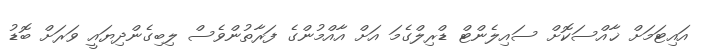
އައިޓަމަށް ޚާއްސަކޮށް ސައިލެންޓް ޑްރިލްގެމަ އަށް އާއްމުންގެ ފަރާތުންވެސް ލިބިގެންދިޔައީ ވަރަށް ބޮޑު